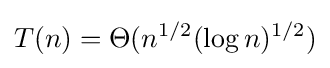
T(n)=\Theta (n^{1/2}(\log n)^{1/2})